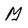
Character: M